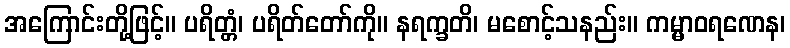
အကြောင်းတို့ဖြင့်။ ပရိတ္တံ၊ ပရိတ်တော်ကို။ နရက္ခတိ၊ မစောင့်သနည်း။ ကမ္မာဝရဏေန၊